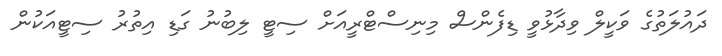
ދައުލަތުގެ ވަކީލް ވިދާޅުވީ ޑިފެންސް މިނިސްޓްރީއަށް ސިޓީ ލިބުނު ގަޑި އިތުރު ސިޓީއަކުން